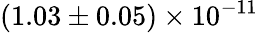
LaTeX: (1.03\pm 0.05)\times 10^{-11}